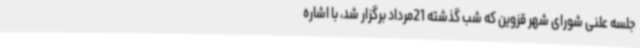
جلسه علنی شورای شهر قزوین که شب گذشته 21مرداد برگزار شد، با اشاره